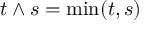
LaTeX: t \wedge s = \operatorname* { m i n } ( t , s )